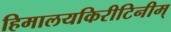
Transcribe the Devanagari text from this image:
हिमालयकिरीटिनीम्